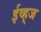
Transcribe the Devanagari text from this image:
ईव्ह्‌ज